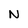
Character: N